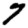
Digit: 7